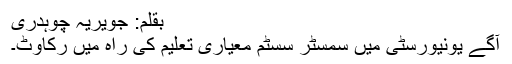
بقلم: جویریہ چوہدری
آگے یونیورسٹی میں سمسٹر سسٹم معیاری تعلیم کی راہ میں رکاوٹ۔